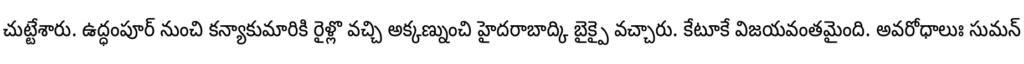
చుట్టేశారు. ఉద్ధంపూర్ నుంచి కన్యాకుమారికి రైళ్లొ వచ్చి అక్కణ్నుంచి హైదరాబాద్కి బైక్పై వచ్చారు. కేటూకే విజయవంతమైంది. అవరోధాలుః సుమన్